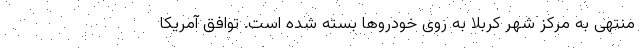
منتهی به مرکز شهر کربلا به روی خودروها بسته شده است. توافق آمریکا